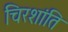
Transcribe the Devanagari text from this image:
चिरशांति